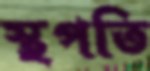
স্থপতি